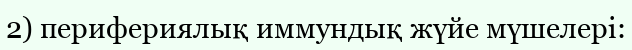
2) перифериялық иммундық жүйе мүшелері: